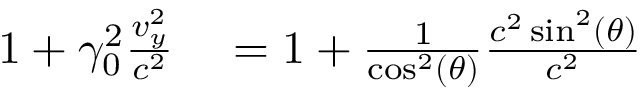
\begin{array} { r l } { 1 + \gamma _ { 0 } ^ { 2 } \frac { v _ { y } ^ { 2 } } { c ^ { 2 } } } & { { } = 1 + \frac { 1 } { \cos ^ { 2 } ( \theta ) } \frac { c ^ { 2 } \sin ^ { 2 } ( \theta ) } { c ^ { 2 } } } \end{array}